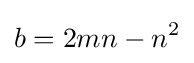
b=2mn-n^{2}